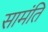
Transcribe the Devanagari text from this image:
सामंति